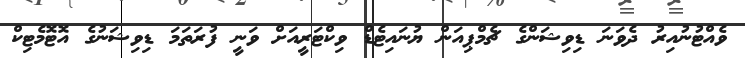
ވެއްޓުނުއިރު ދެވަނަ ޑިވިޝަންގެ ޗެމްޕިއަން ޔުނައިޓެޑް ވިކްޓަރީއަށް ވަނީ ފުރަތަމަ ޑިވިޝަނުގެ އޮޓޮމެޓިކް